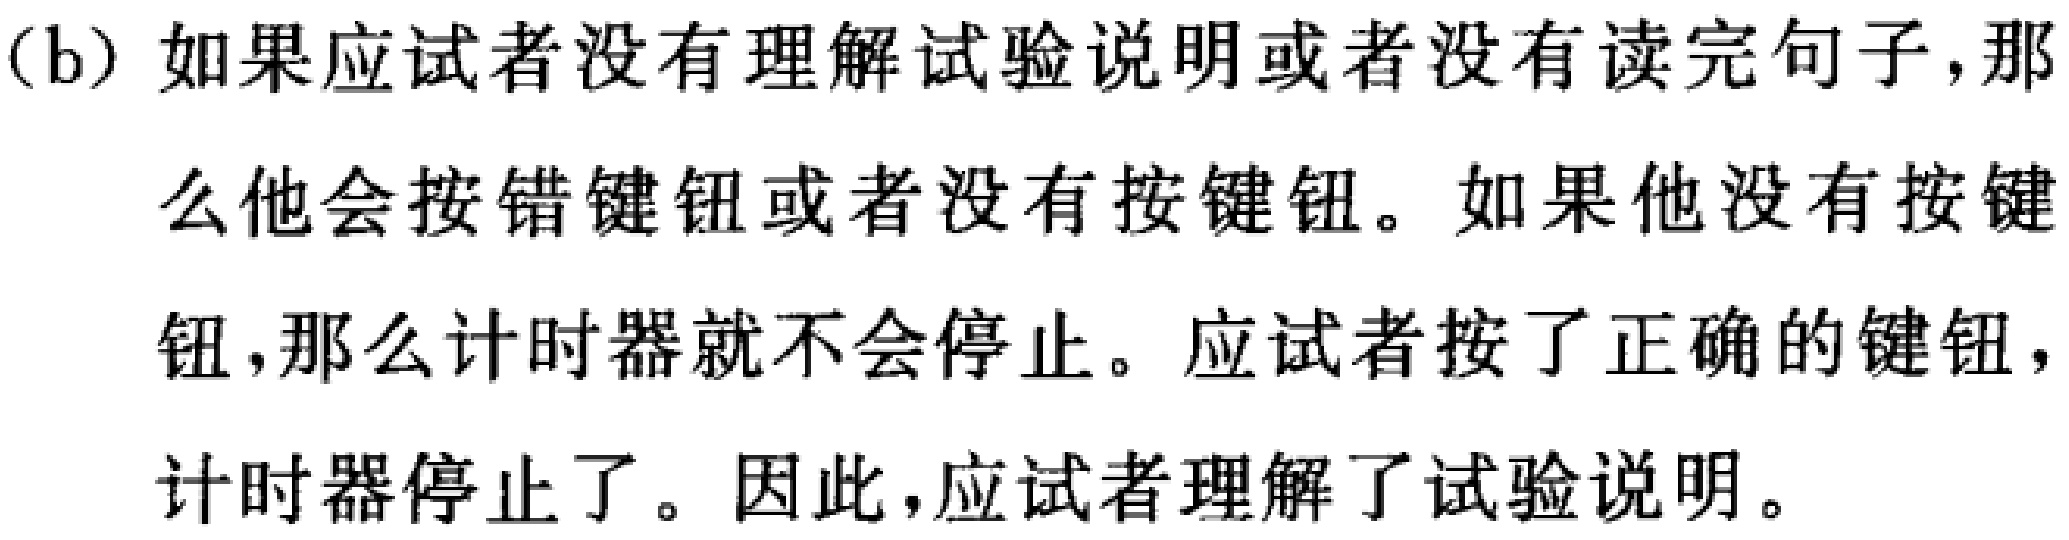
(b) 如果应试者没有理解试验说明或者没有读完句子,那么他会按错键钮或者没有按键钮。如果他没有按键钮,那么计时器就不会停止。应试者按了正确的键钮,计时器停止了。因此,应试者理解了试验说明。